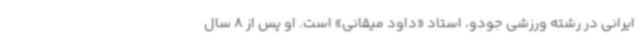
ایرانی در رشته ورزشی جودو، استاد «داود میقانی» است. او پس از 8 سال